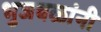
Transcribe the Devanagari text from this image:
भुजबळांनी